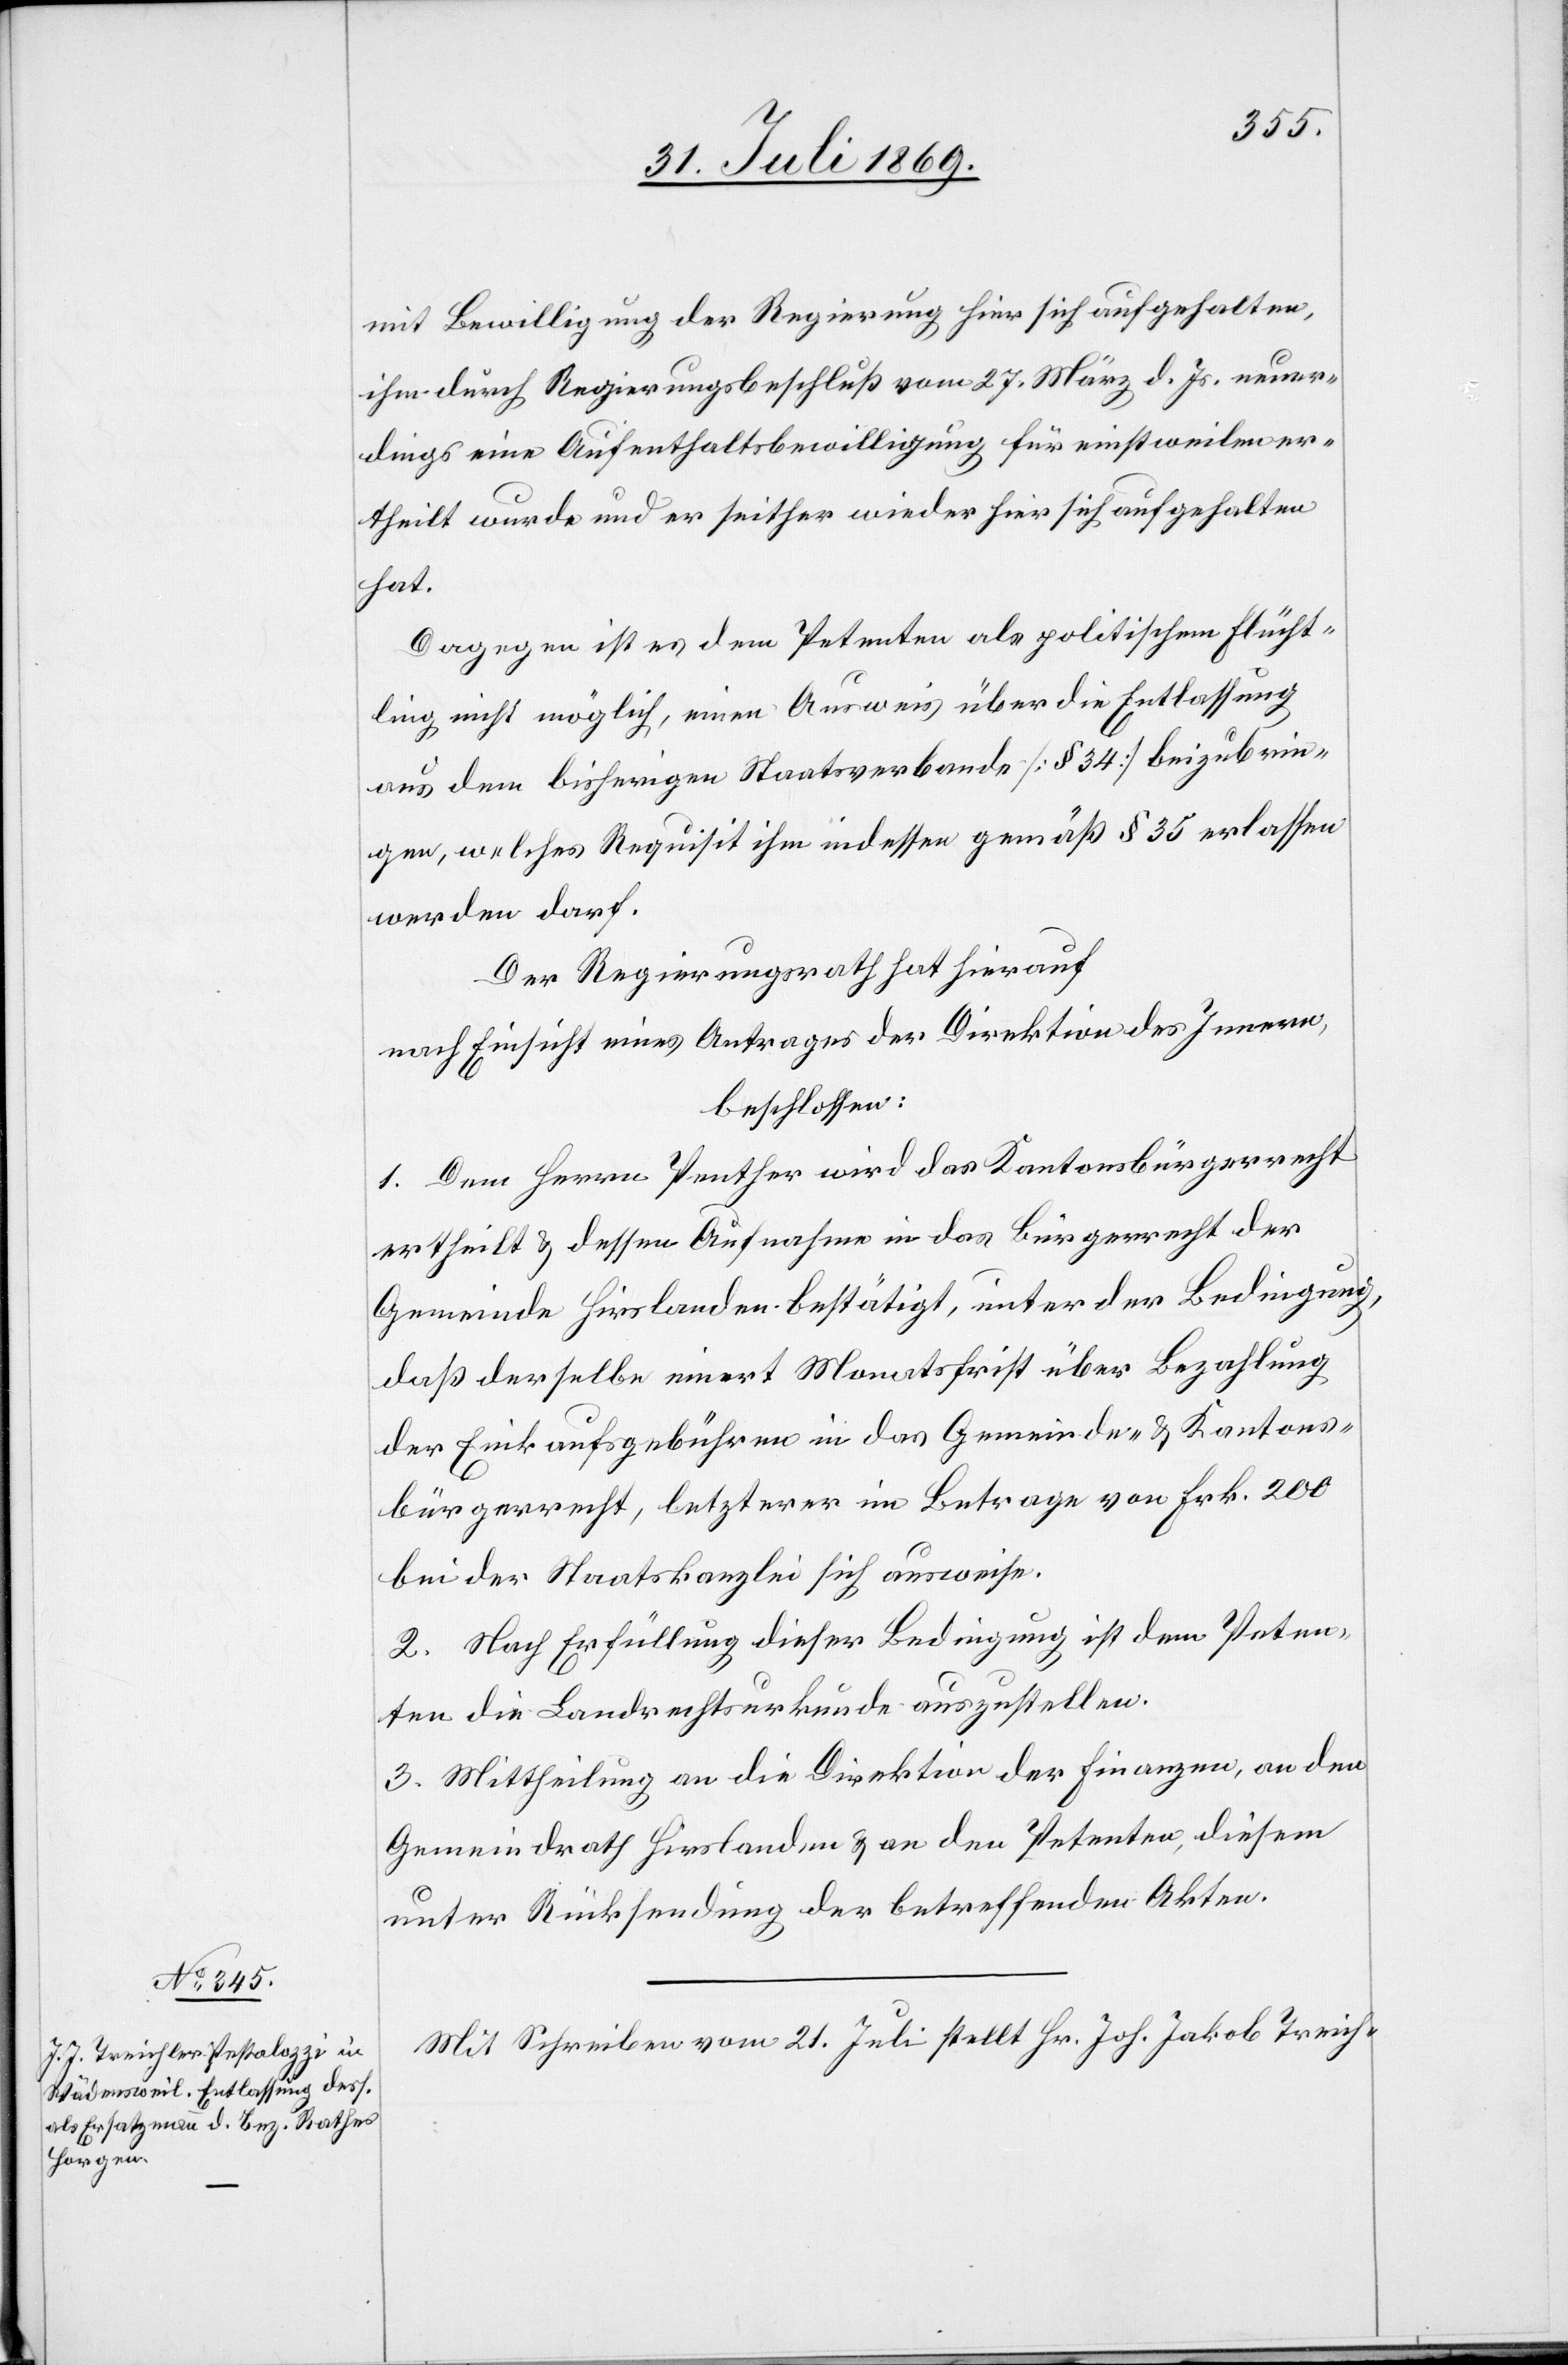
mit Bewilligung der Regierung hier sich aufgehalten,
ihm durch Regierungsbeschluß vom 27 März d. Js. neuer¬
dings eine Aufenthaltsbewilligung für einstweilen er¬
theilt wurde und er seither wieder hier sich aufgehalten
hat.
Dagegen ist es dem Petenten als politischem Flücht¬
ling nicht möglich, einen Ausweis über die Entlassung
aus dem bisherigen Staatsverbande [§ 34] beizubrin¬
gen, welches Requisit ihm indessen gemäß § 35 erlassen
werden darf.
Der Regierungsrath hat hierauf
nach Einsicht eines Antrages der Direktion des Innern,
beschlossen:
1. Dem Herrn Penther wird das Kantonsbürgerrecht
ertheilt u. dessen Aufnahme in das Bürgerrecht der
Gemeinde Hirslanden bestätigt, unter der Bedingung,
daß derselbe innert Monatsfrist über Bezahlung
der Einkaufsgebühren in das Gemeinde- u. Kantons¬
bürgerrecht, letzterer im Betrage von Frk. 200
bei der Staatskanzlei sich ausweise.
2. Nach Erfüllung dieser Bedingung ist dem Peten¬
ten die Landrechtsurkunde auszustellen.
3. Mittheilung an die Direktion der Finanzen, an den
Gemeindrath Hirslanden u. an den Petenten, diesen
unter Rücksendung der betreffenden Akten.
Mit Schreiben vom 21 Juli stellt Hr. Joh. Jakob Treich-